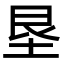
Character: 垦